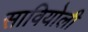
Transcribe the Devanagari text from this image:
सावियोली